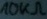
Text: 10KΩ